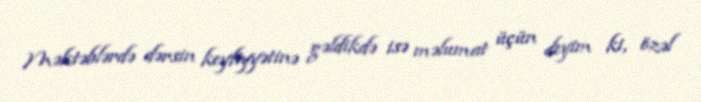
Məktəblərdə dərsin keyfiyyətinə gəldikdə isə məlumat üçün deyim ki, özəl